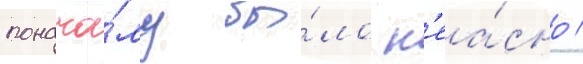
понача́лу бы́ло н'еа́сно /